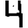
Digit: 4